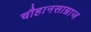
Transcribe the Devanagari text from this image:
चौहानसाम्राज